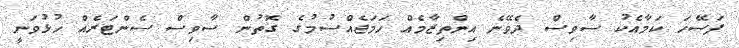
ފަސޭހަ ކަމާއެކު ސާވިސް ދެވޭނެ އިންތިޒާމެއް ހަމަޖެއްސުމުގެ ގޮތުން ސާވިސް ސެންޓަރެއް ހުޅުވަނީ